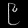
Digit: ၉